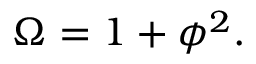
\Omega = 1 + \phi ^ { 2 } .